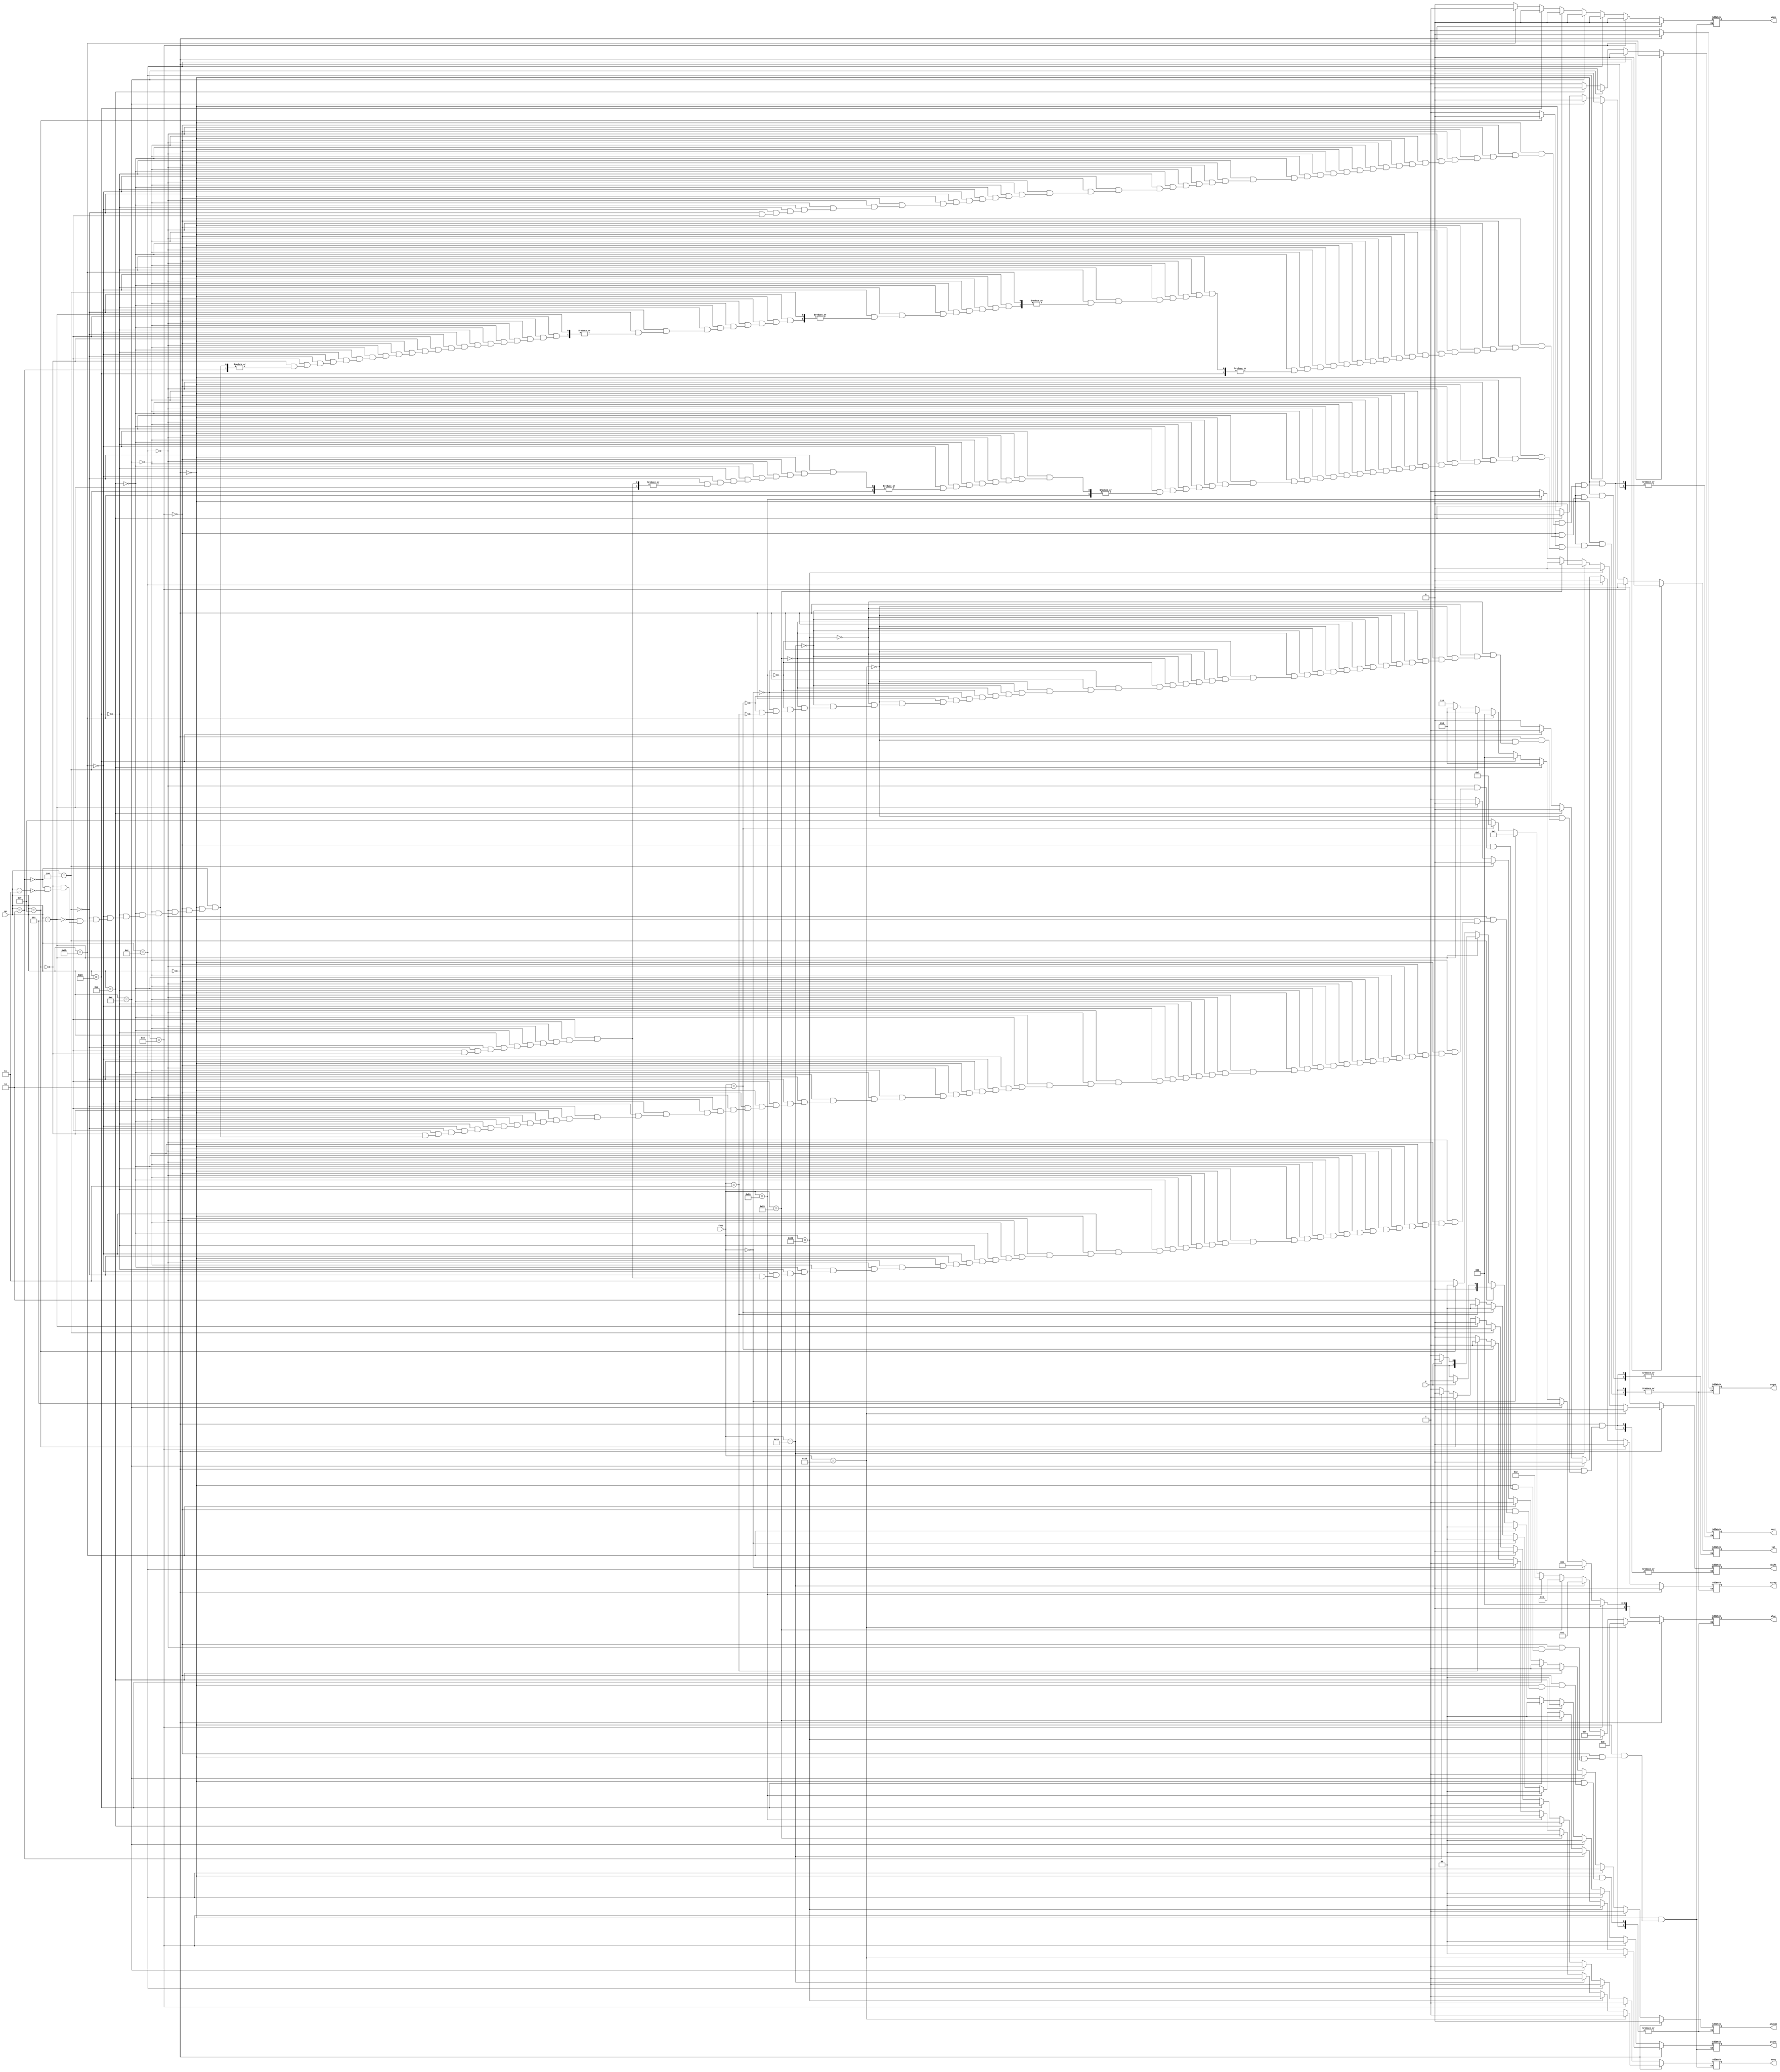
`timescale 1ns / 1ps
//////////////////////////////////////////////////////////////////////////////////
// Company: 
// Engineer: 
// 
// Design Name: 
// Module Name: control_unit
// Project Name: 
// Target Devices: 
// Tool Versions: 
// Description: 
// 
// Dependencies: 
// 
// Revision:
// Revision 0.01 - File Created
// Additional Comments:
// 
//////////////////////////////////////////////////////////////////////////////////


module control_unit(op, func, pcsrc, aluc, shift, wreg, sext, m2reg, wmem, aluimm, z, regrt, jal);
    input [5:0] op;
    input [5:0] func;
    input z;
    output reg [1:0] pcsrc;
    output reg [3:0] aluc; //controls which operation the alu does
    output reg wreg; //1 or 0, determines whether the alu writes to a register
    output reg shift; //boolean shift yes or no
    output reg sext;
    output reg m2reg;
    output reg wmem;
    output reg aluimm;
    output reg regrt;
    output reg jal;
    
    always @(*)
    begin
        if(op == 0)
        begin
            if(func == 6'b100000)
            begin
                //it's an add
                aluc = 3'b000;
                pcsrc = 2'b00; //sequential instruction
                wreg = 1;
                shift = 0;
                //sext = 1'bx;
                aluimm = 0;
                m2reg = 0;
                wmem = 0;
                regrt = 0;
                jal = 0;
            end
            else if(func == 6'b100010)
            begin
                //it's a sub
                aluc = 3'b100;
                pcsrc = 2'b00;
                wreg = 1;
                shift = 0;
               // sext = 1'bx;
                aluimm = 0;
                m2reg = 0;
                wmem = 0;
                regrt = 0;
                jal = 0;
            end
            else if(func == 6'b100100)
            begin
                //it's an and
                aluc = 3'b001;
                pcsrc = 2'b00;
                wreg = 1;
                shift = 0;
               // sext = 1'bx;
                aluimm = 0;
                m2reg = 0;
                wmem = 0;
                regrt = 0;
                jal = 0;
            end
            else if(func == 6'b100101)
            begin
                //it's an or
                aluc = 3'b101;
                pcsrc = 2'b00;
                wreg = 1;
                shift = 0;
               // sext = 1'bx;
                aluimm = 0;
                m2reg = 0;
                wmem = 0;
                regrt = 0;
                jal = 0;
            end
            else if(func == 6'b100110)
            begin
                //it's an xor
                aluc = 3'b010;
                pcsrc = 2'b00;
                wreg = 1;
                shift = 0;
               // sext = 1'bx;
                aluimm = 0;
                m2reg = 0;
                wmem = 0;
                regrt = 0;
                jal = 0;
            end
            else if(func == 6'b000000)
            begin
                //it's a sll
                aluc = 4'b0011;
                pcsrc = 2'b00;
                wreg = 1;
                shift = 1;
                //sext = 1'bx;
                aluimm = 0;
                m2reg = 0;
                wmem = 0;
                regrt = 0;
                jal = 0;
            end
            else if(func == 6'b000010)
            begin
                //it's a srl
                aluc = 4'b0111;
                pcsrc = 2'b00;
                wreg = 1;
                shift = 1;
                //sext = 1'bx;
                aluimm = 0;
                m2reg = 0;
                wmem = 0;
                regrt = 0;
                jal = 0;
            end
            else if(func == 6'b000011)
            begin
                //sra
                 aluc = 4'b1111;
                 pcsrc = 2'b00;
                 wreg = 1;
                 shift = 1;
                 //sext = 1'bx;
                 aluimm = 0;
                 m2reg = 0;
                 wmem = 0;
                 regrt = 0;
                 jal = 0;    
            end
            else
            begin
                //don't do anything
                //this is for jr (register jump)
                wreg = 0;
             //   regrt = 1'bx;
               // jal = 1'bx;
               // m2reg = 1'bx;
               // shift = 1'bx;
               // aluimm = 1'bx;
               // sext = 1'bx;
                //aluc = 4'bxxxx;
                wmem = 0;
                pcsrc = 2'b10;
            end
        end
        else if(op == 6'b001000)
        begin
            //addi (first one not verified)
            aluc = 3'b000;
            pcsrc = 2'b00;
            wreg = 1;
            shift = 0;
            sext = 1;
            aluimm = 1;
            m2reg = 0;
            wmem = 0;
            regrt = 1;
            jal = 0;
        end
        else if(op == 6'b001100)
        begin
            //andi
            aluc = 3'b001;
            pcsrc = 2'b00;
            wreg = 1;
            shift = 0;
            sext = 0;
            aluimm = 1;
            m2reg = 0;
            wmem = 0;
            regrt = 1;
            jal = 0;
        end
        else if(op == 6'b001101)
        begin
            //ori
            aluc = 3'b101;
            pcsrc = 2'b00;
            wreg = 1;
            shift = 0;
            sext = 0;
            aluimm = 1;
            m2reg = 0;
            wmem = 0;
            regrt = 1;
            jal = 0;
        end
        else if(op == 6'b001110)
        begin
            //xori
            aluc = 3'b010;
            pcsrc = 2'b00;
            wreg = 1;
            shift = 0;
            sext = 0;
            aluimm = 1;
            m2reg = 0;
            wmem = 0;
            regrt = 1;
            jal = 0;
        end
        else if(op == 6'b100011)
        begin
            //lw
            aluc = 3'b000;
            pcsrc = 2'b00;
            wreg = 1;
            shift = 0;
            sext = 1;
            aluimm = 1;
            m2reg = 1;
            wmem = 0;
            regrt = 1;
        end
        else if(op == 6'b101011)
        begin
            //sw
            aluc = 3'b000;
            pcsrc = 2'b00;
            wreg = 0;
            shift = 0;
            sext = 1;
            aluimm = 1;
           // m2reg = 1;
            wmem = 1;
            //regrt = x;
           // jal = 0;
        end
        else if(op == 6'b000100)
        begin
            //beq
            aluc = 3'b010;
            if(z == 1)
            begin
                pcsrc = 2'b01;
            end
            else
            begin
                pcsrc = 2'b00;
            end
            wreg = 0;
            shift = 0;
            sext = 1;
            aluimm = 0;
            //m2reg = 1; don't care
            wmem = 0;
            //regrt = x;
            //jal = x;
        end
        else if(op == 6'b000101)
        begin
            //bne
            aluc = 3'b010;
            if(z == 1)
            begin
                pcsrc = 2'b00;
            end
            else
            begin
                pcsrc = 2'b01;
            end
            wreg = 0;
            shift = 0;
            sext = 1;
            aluimm = 0;
            //m2reg = 1; don't care
            wmem = 0;
            //regrt = x;
            //jal = x;    
        end
      
        else if(op == 6'b001111)
        begin
            //lui
            $display("Got here");
            aluc = 3'b110;
            pcsrc = 2'b00;
            wreg = 1;
           // shift = 1'bx; //don't care
            aluimm = 1;
            m2reg = 0;
            wmem = 0;
            regrt = 1;
            jal = 0;
        end
        else if(op == 6'b000010)
        begin
            //j
            //aluc = 4'bxxxx;
            pcsrc = 2'b11;
            wreg = 0;
            //shift = x; don't care
            //aluimm = x; don't care
            //m2reg = x; don't care
            wmem = 0;
            //regrt = x;
            //jal = x;
        end
        else if(op == 6'b000011)
        begin
            //jal
            wreg = 1;
            //regrt = x;
            jal = 1;
            //m2reg = x;
            //shift = x;
            //aluimm = x;
            //sext = x;
            //aluc = xxxx;
            wmem = 0;
            pcsrc = 2'b11;
        end
    end 

endmodule